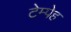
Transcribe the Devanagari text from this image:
टेम्पेह